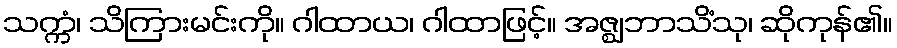
သက္ကံ၊ သိကြားမင်းကို။ ဂါထာယ၊ ဂါထာဖြင့်။ အဇ္ဈဘာသိံသု၊ ဆိုကုန်၏။